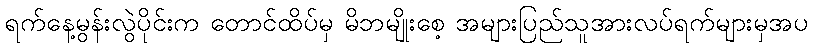
ရက်နေ့မွန်းလွဲပိုင်းက တောင်ထိပ်မှ မိဘမျိုးစေ့ အများပြည်သူအားလပ်ရက်များမှအပ